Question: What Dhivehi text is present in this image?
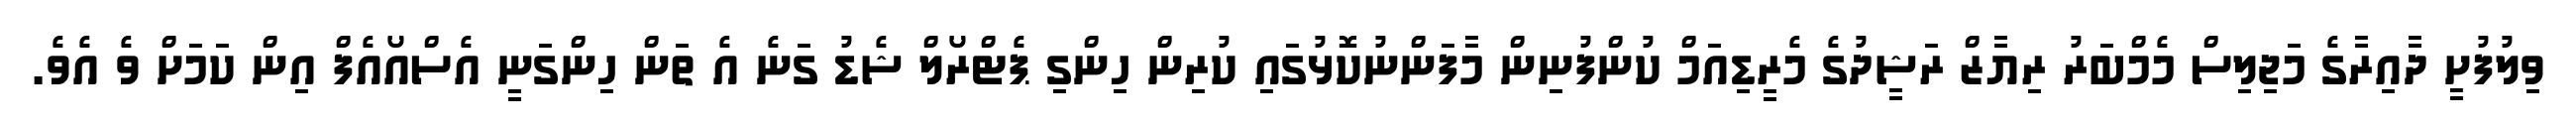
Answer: ވިލުފުށީ ދާއިރާގެ މަޖިލިސް މެމްބަރު ރިޔާޒް ރަޝީދުގެ މެރީޑިއަމް ކުންފުނިން މާފަންނުކޮޅުގައި ކުރިން ހިންގި ޕެޓްރޯލް ޝެޑު ގަނެ އެ ތަން ހިންގަނީ އެސްއޯއެފް އިން ކަމަށް ވެ އެވެ.